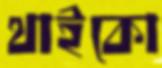
থাইকো